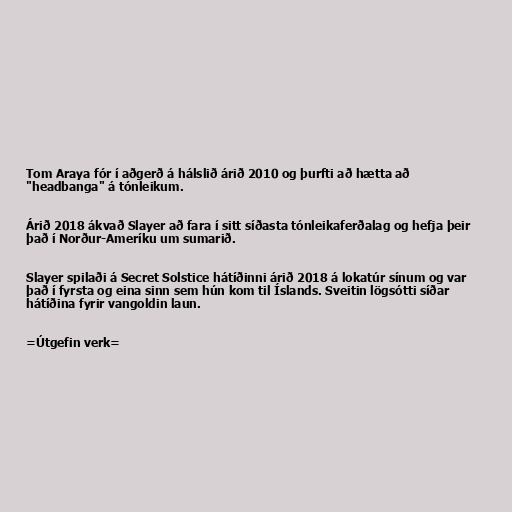
Tom Araya fór í aðgerð á hálslið árið 2010 og þurfti að hætta að
"headbanga" á tónleikum.

Árið 2018 ákvað Slayer að fara í sitt síðasta tónleikaferðalag og hefja þeir
það í Norður-Ameríku um sumarið.

Slayer spilaði á Secret Solstice hátíðinni árið 2018 á lokatúr sínum og var
það í fyrsta og eina sinn sem hún kom til Íslands. Sveitin lögsótti síðar
hátíðina fyrir vangoldin laun.

=Útgefin verk=